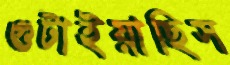
গুটাইয়াছিস